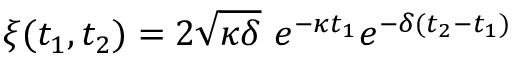
\xi ( t _ { 1 } , t _ { 2 } ) = 2 \sqrt { \kappa \delta } ~ e ^ { - \kappa t _ { 1 } } e ^ { - \delta ( t _ { 2 } - t _ { 1 } ) }